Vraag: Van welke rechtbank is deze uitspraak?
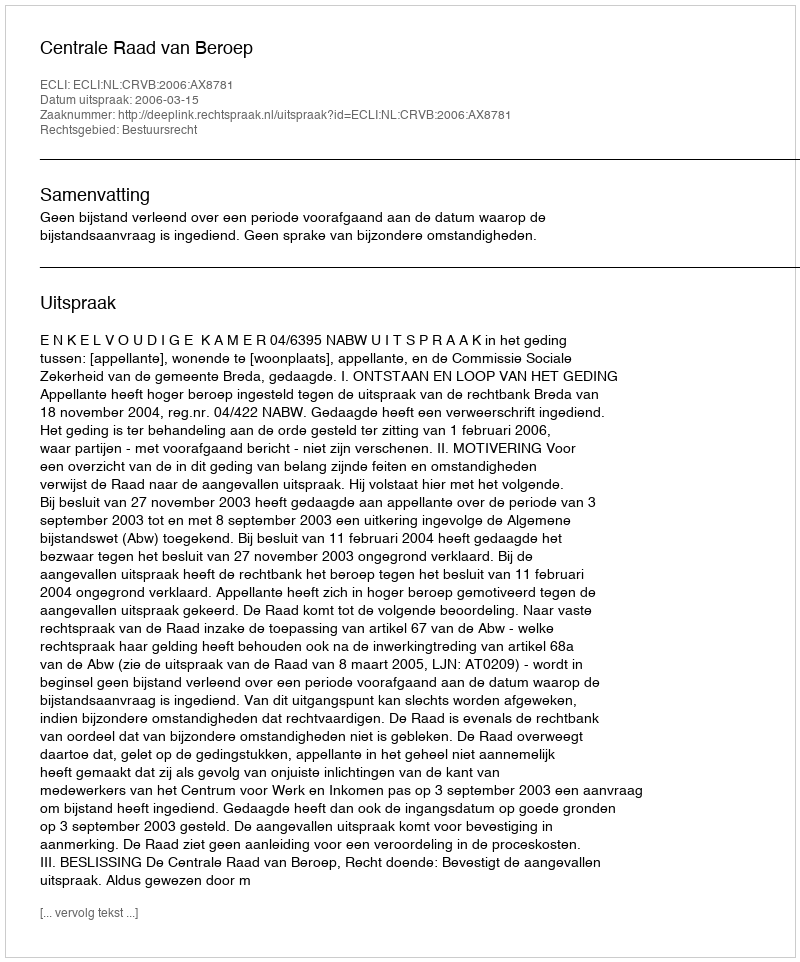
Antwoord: Centrale Raad van Beroep